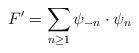
LaTeX: \begin{align*}F' = \sum_{n \geq 1} \psi_{-n} \cdot \psi_{n}\end{align*}